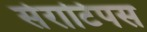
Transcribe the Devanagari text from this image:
सेराटिपस